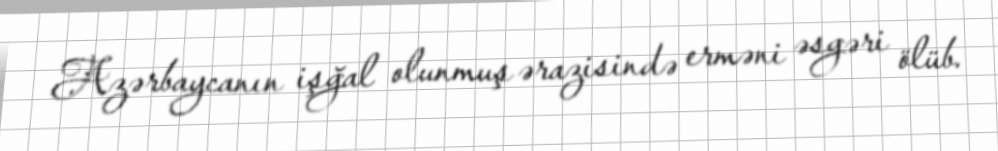
Azərbaycanın işğal olunmuş ərazisində erməni əsgəri ölüb.